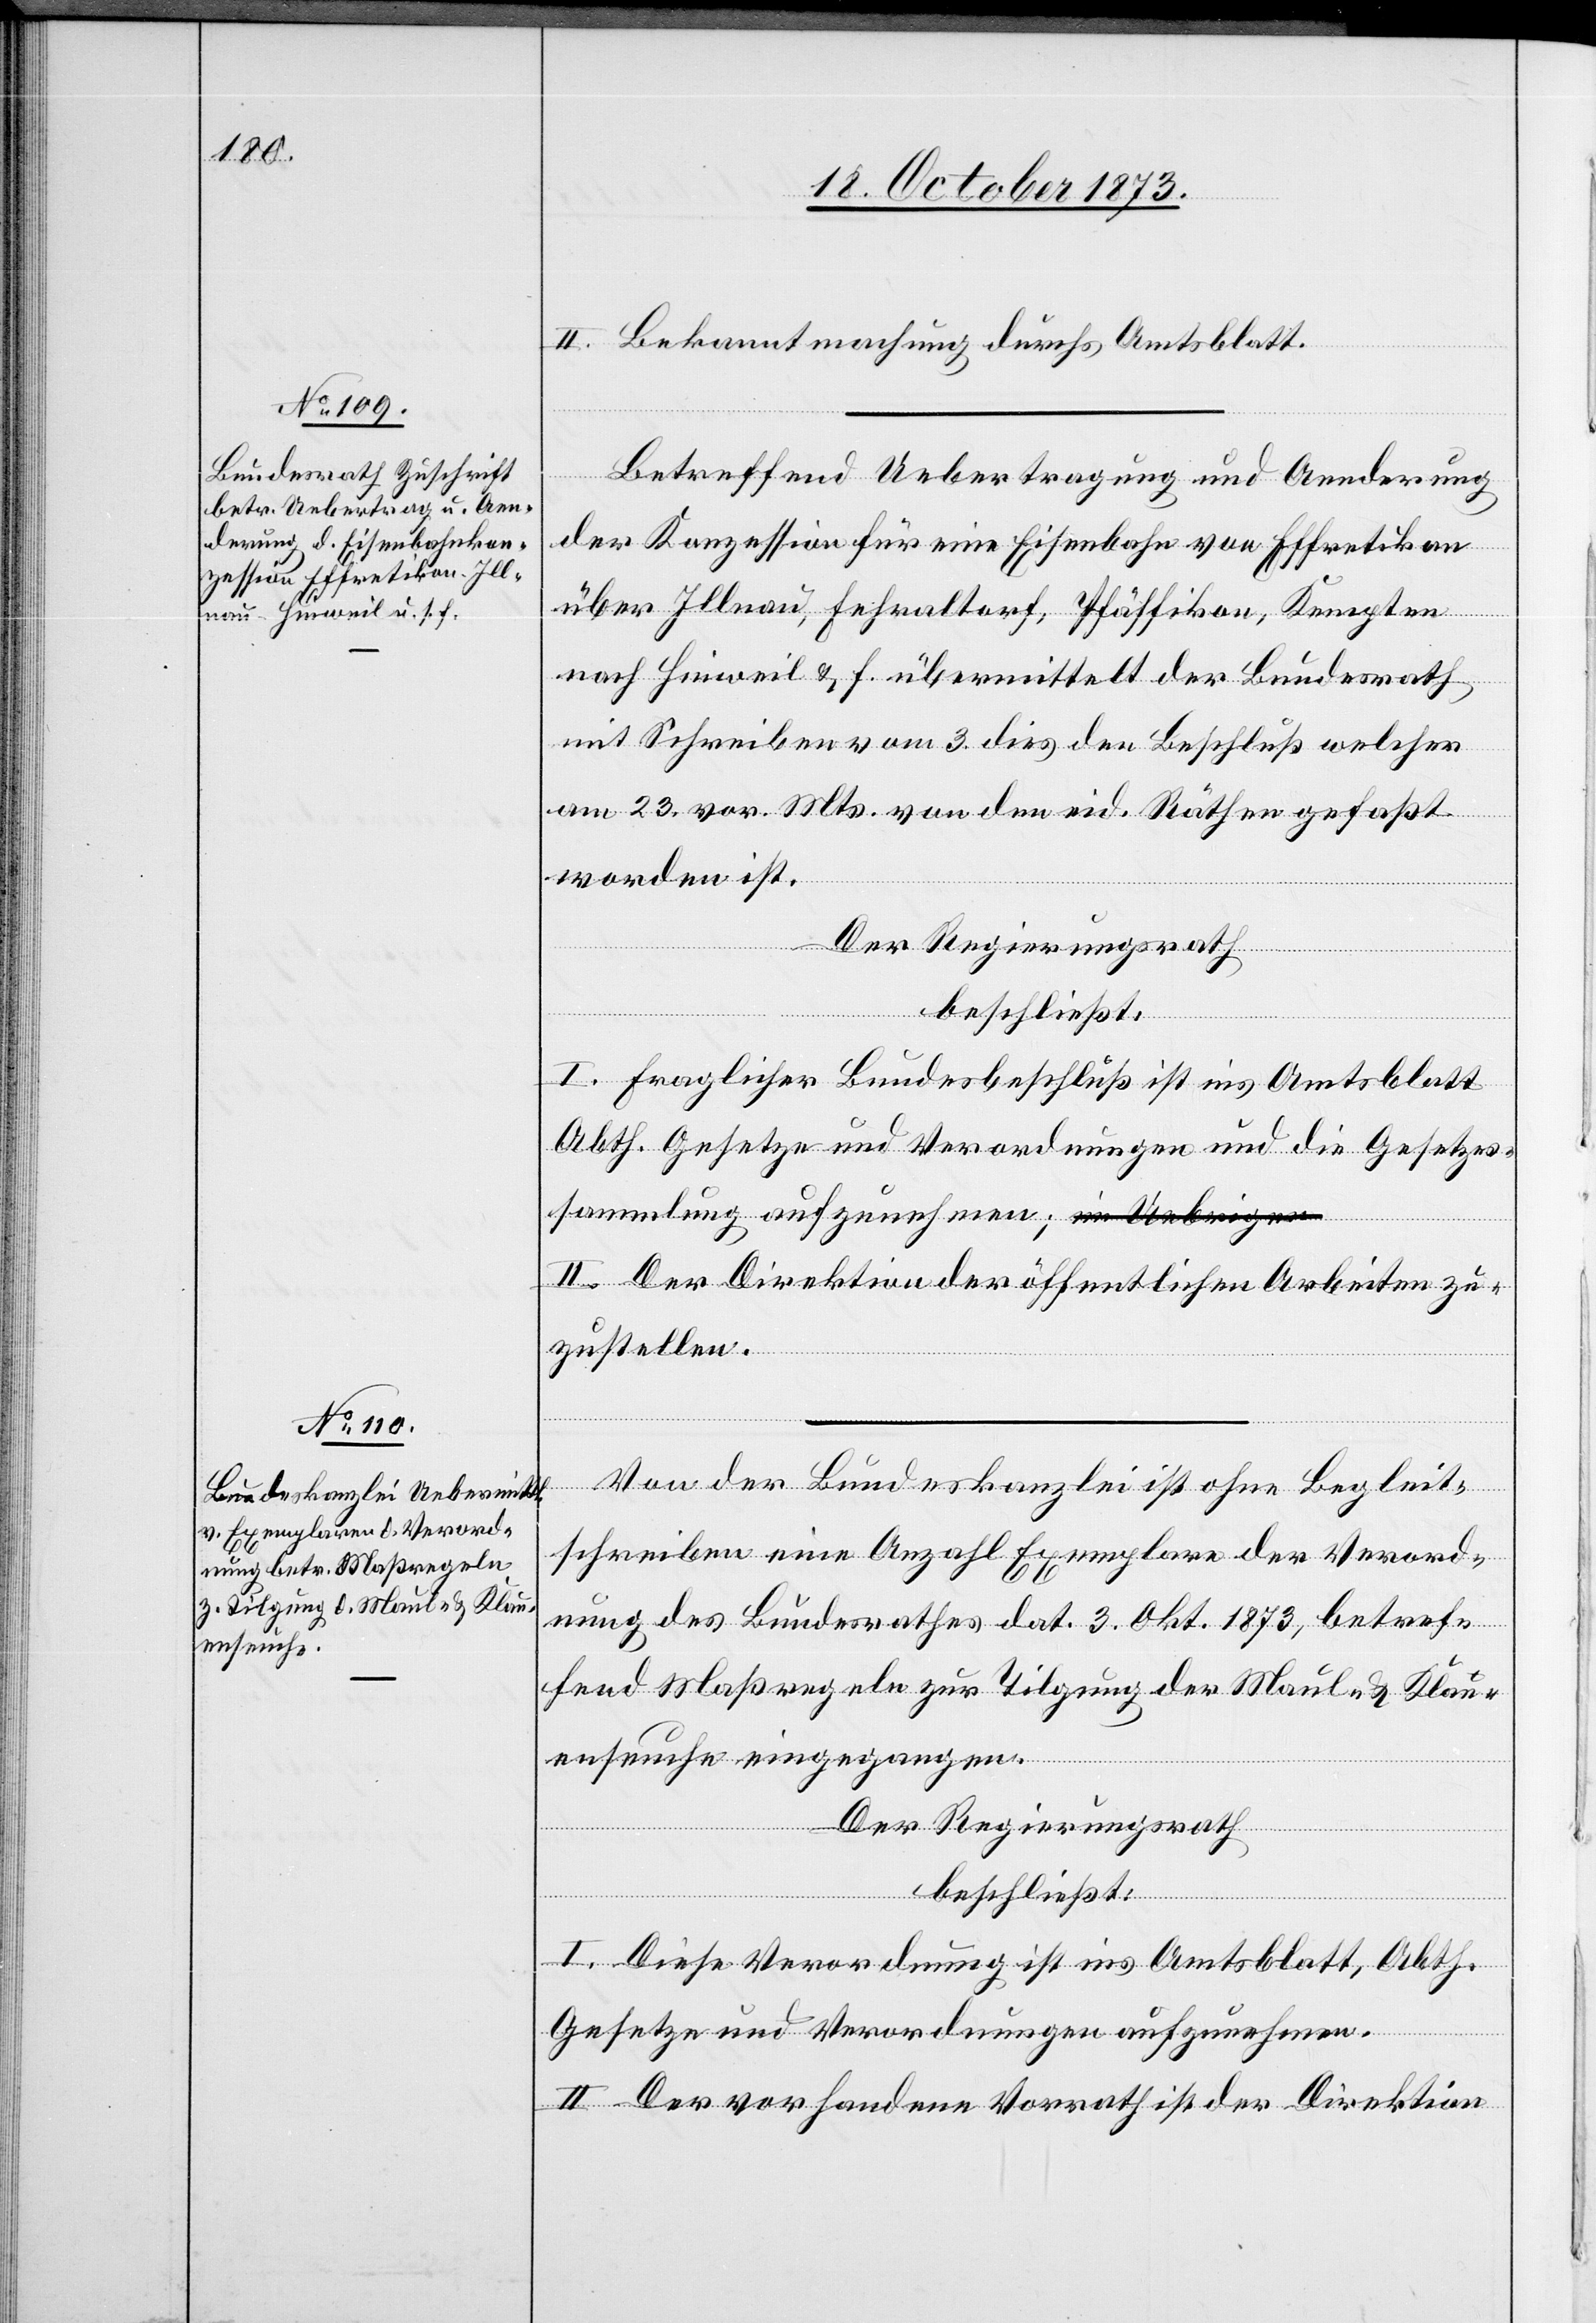
II. Bekanntmachung durchs Amtsblatt.
Betreffend Uebertragung und Aenderung
der Konzession für eine Eisenbahn von Effretikon
über Illnau, Fehraltorf, Pfäffikon, Kempten
nach Hinweil & f. übermittelt der Bundesrath
mit Schreiben vom 3. dies den Beschluß welcher
am 23. vor. Mts. von den eid. Räthen gefaßt
worden ist.
Der Regierungsrath
beschließt:
I. Fraglicher Bundesbeschluß ist ins Amtsblatt
Abth. Gesetze und Verordnungen und die Gesetzes¬
II. Der Direktion der öffentlichen Arbeiten zu¬
zustellen.
Von der Bundeskanzlei ist ohne Begleit¬
schreiben eine Anzahl Exemplare der Verord¬
nung des Bundesrathes dat. 3. Okt. 1873, betref¬
fend Maßregeln zur Tilgung der Maul- & Klau¬
enseuche eingegangen.
sammlung
Der Regierungsrath
beschließt:
I. Diese Verordnung ist ins Amtsblatt, Abth.
Gesetze und Verordnungen aufzunehmen.
II. Der vorhandene Vorrath ist der Direktion